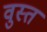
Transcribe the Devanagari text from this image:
वुस्त